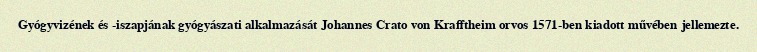
Gyógyvizének és -iszapjának gyógyászati alkalmazását Johannes Crato von Krafftheim orvos 1571-ben kiadott művében jellemezte.